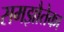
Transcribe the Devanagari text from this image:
समझौतेका